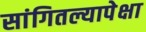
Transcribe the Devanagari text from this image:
सांगितल्यापेक्षा